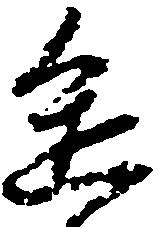
進